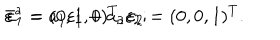
LaTeX: \bar { \varepsilon } ^ { a } = a _ { 1 } \varepsilon _ { 1 } + a _ { 2 } \varepsilon _ { 2 } ; \hspace { 1 . 0 c m } \varepsilon _ { 1 } = ( 0 , 1 , 0 ) ^ { T } , \varepsilon _ { 2 } = ( 0 , 0 , 1 ) ^ { T } .